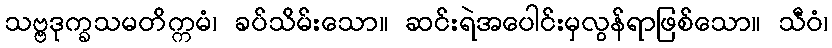
သဗ္ဗဒုက္ခသမတိက္ကမံ၊ ခပ်သိမ်းသော။ ဆင်းရဲအပေါင်းမှလွန်ရာဖြစ်သော။ သီဝံ၊